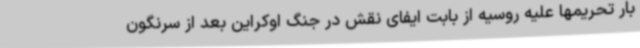
بار تحریمها علیه روسیه از بابت ایفای نقش در جنگ اوکراین بعد از سرنگون